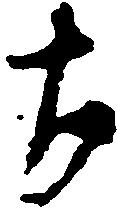
ち